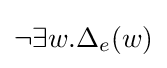
\neg \exists w.\Delta _{e}(w)